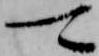
可